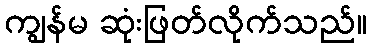
ကျွန်မ ဆုံးဖြတ်လိုက်သည်။